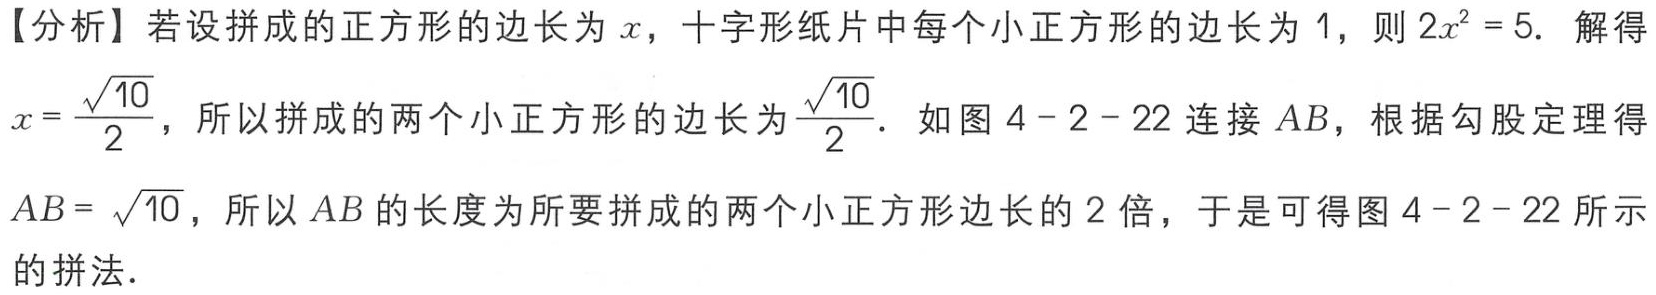
【分析】若设拼成的正方形的边长为\(x\)，十字形纸片中每个小正方形的边长为\(1\)，则\(2x^{2}=5\). 解得\(x = \frac{\sqrt{10}}{2}\)，所以拼成的两个小正方形的边长为\(\frac{\sqrt{10}}{2}\). 如图\(4 - 2 - 22\)连接\(AB\)，根据勾股定理得\(AB = \sqrt{10}\)，所以\(AB\)的长度为所要拼成的两个小正方形边长的\(2\)倍，于是可得图\(4 - 2 - 22\)所示的拼法.